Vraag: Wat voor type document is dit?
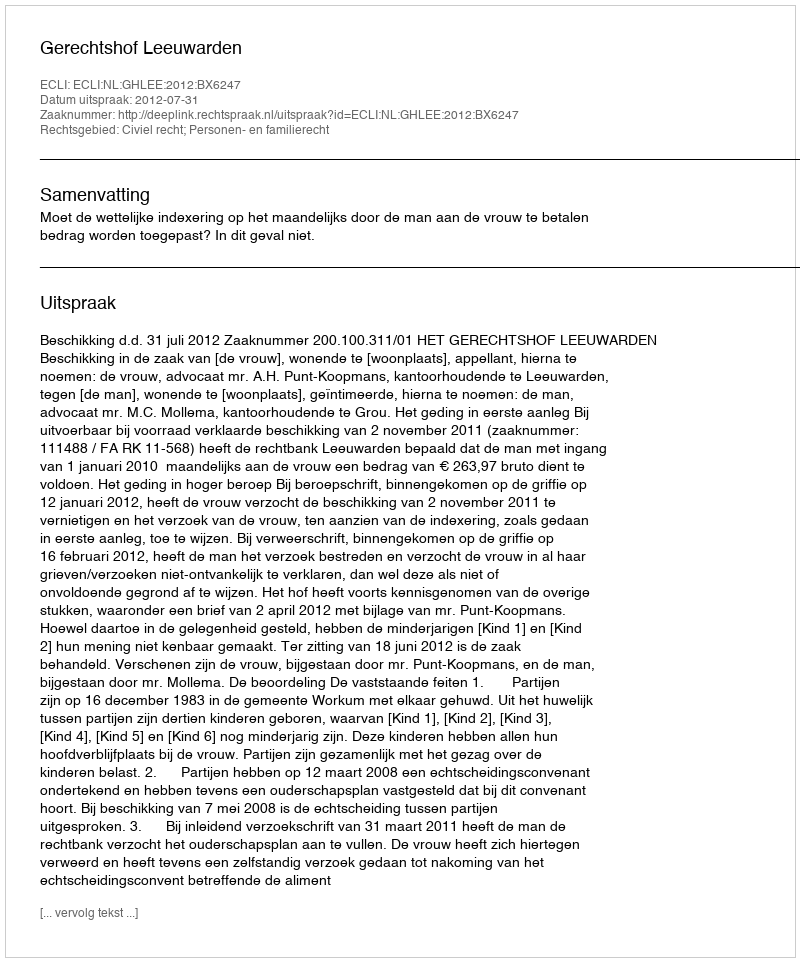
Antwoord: Uitspraak